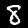
Digit: 8